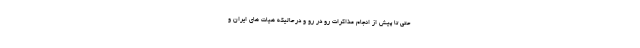
حتی تا پیش از انجام مذاکرات رو در رو و درحالیکه هیات های ایران و